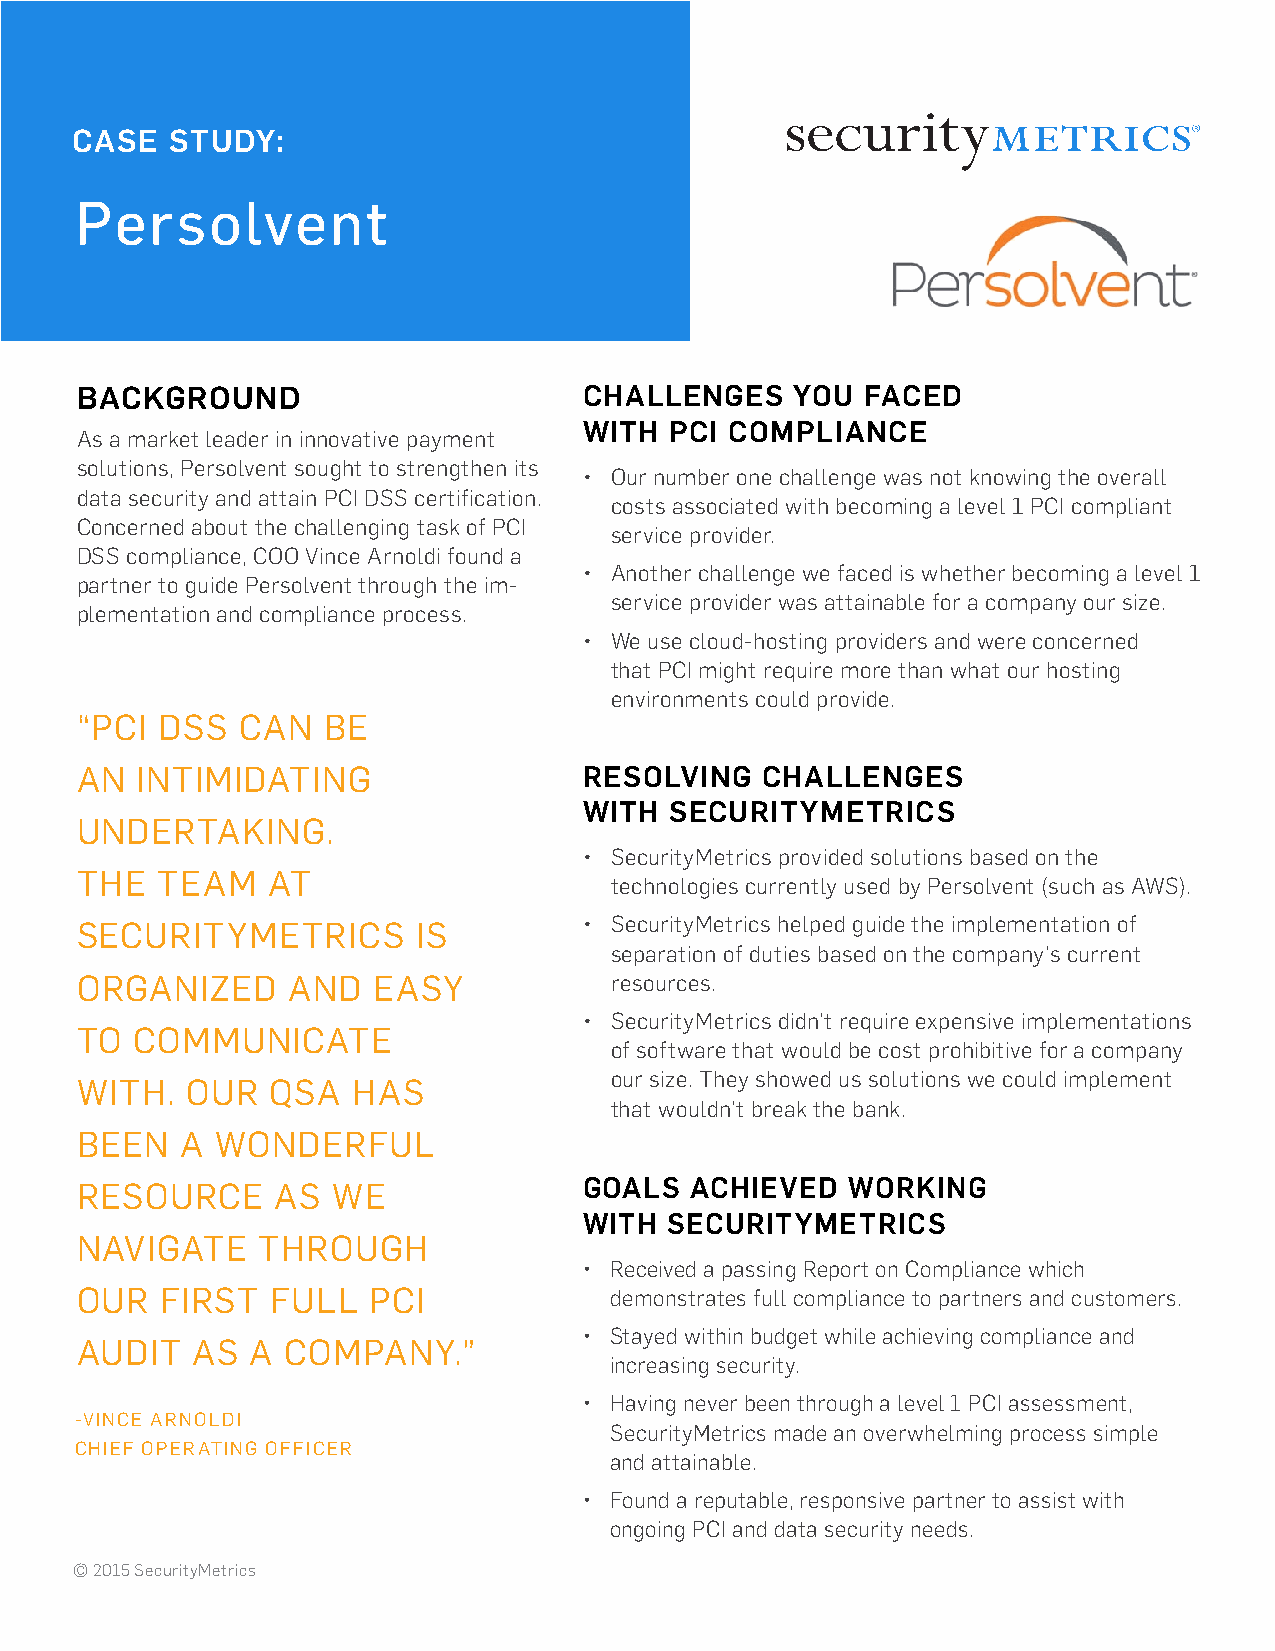
CASE  STUDY:
 Persolvent
 BACKGROUND                        CHALLENGES    YOU FACED
 WITH PCI COMPLIANCE
 As a market leader in innovative payment
 solutions, Persolvent sought to strengthen its
 • Our number one challenge was not knowing the overall
 data security and attain PCI DSS certification.
 costs associated with becoming a level 1 PCI compliant
 Concerned about the challenging task of PCI
 service provider.
 DSS compliance, COO Vince Arnoldi found a
 • Another challenge we faced is whether becoming a level 1
 partner to guide Persolvent through the im-
 service provider was attainable for a company our size.
 plementation and compliance process.
 • We use cloud-hosting providers and were concerned
 that PCI might require more than what our hosting
 environments could provide.
 “PCI DSS   CAN  BE
 AN  INTIMIDATING                  RESOLVING  CHALLENGES
 WITH SECURITYMETRICS
 UNDERTAKING.
 • SecurityMetrics provided solutions based on the
 THE  TEAM    AT
 technologies currently used by Persolvent (such as AWS).
 SECURITYMETRICS        IS         • SecurityMetrics helped guide the implementation of
 separation of duties based on the company’s current
 ORGANIZED     AND   EASY           resources.
 • SecurityMetrics didn’t require expensive implementations
 TO  COMMUNICATE
 of software that would be cost prohibitive for a company
 our size. They showed us solutions we could implement
 WITH.  OUR   QSA  HAS
 that wouldn’t break the bank.
 BEEN   A WONDERFUL
 RESOURCE     AS  WE               GOALS  ACHIEVED  WORKING
 WITH SECURITYMETRICS
 NAVIGATE    THROUGH
 • Received a passing Report on Compliance which
 OUR   FIRST  FULL  PCI             demonstrates full compliance to partners and customers.
 • Stayed within budget while achieving compliance and
 AUDIT   AS  A COMPANY.”
 increasing security.
 • Having never been through a level 1 PCI assessment,
 -VINCE ARNOLDI
 SecurityMetrics made an overwhelming process simple
 CHIEF OPERATING OFFICER
 and attainable.
 • Found a reputable, responsive partner to assist with
 ongoing PCI and data security needs.
 © 2015 SecurityMetrics